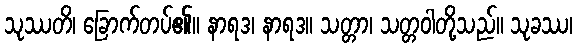
သုဿတိ၊ ခြောက်တပ်၏။ နာရဒ၊ နာရဒ။ သတ္တာ၊ သတ္တဝါတို့သည်။ သုခဿ၊